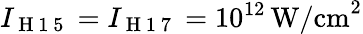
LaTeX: I_{\mathrm{~H~1~5~}}=I_{\mathrm{~H~1~7~}}=10^{12}\, \mathrm{{W/cm}^{2}}